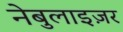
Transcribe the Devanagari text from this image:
नेबुलाइज़र